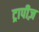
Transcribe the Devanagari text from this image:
ट्रापीज़